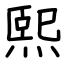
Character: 熙